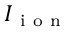
I _ { \mathrm { ~ i ~ o ~ n ~ } }